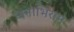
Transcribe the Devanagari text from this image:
जनाभिराम